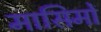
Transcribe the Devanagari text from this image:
मासिमों